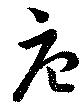
唐